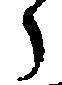
々